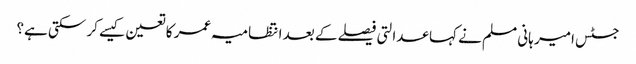
جسٹس امیر ہانی مسلم نے کہا عدالتی فیصلے کے بعد انتظامیہ عمر کا تعین کیسے کر سکتی ہے؟